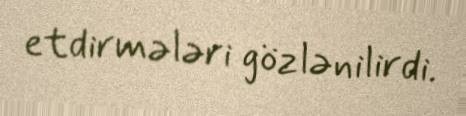
etdirmələri gözlənilirdi.